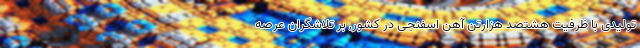
تولیدی با ظرفیت هشتصد هزارتن آهن اسفنجی در کشور, بر تلاشگران عرصه